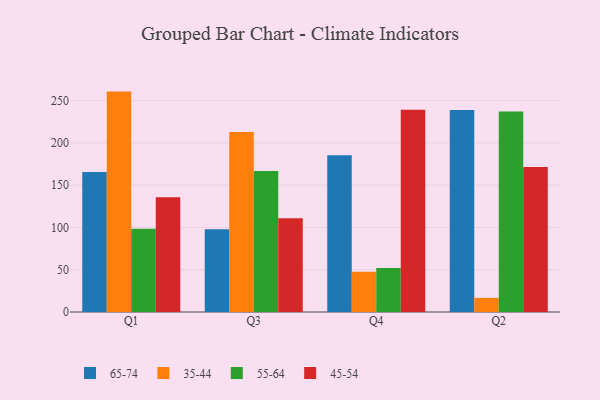
{"axis": {"x": "Quarter", "y": "Operating Costs (USD K)"}, "legend": ["35-44", "45-54", "55-64", "65-74"], "data": [{"x": "Q1", "y": 165.6, "type": "65-74"}, {"x": "Q1", "y": 260.6, "type": "35-44"}, {"x": "Q1", "y": 98.4, "type": "55-64"}, {"x": "Q1", "y": 135.7, "type": "45-54"}, {"x": "Q3", "y": 97.9, "type": "65-74"}, {"x": "Q3", "y": 212.9, "type": "35-44"}, {"x": "Q3", "y": 166.6, "type": "55-64"}, {"x": "Q3", "y": 110.8, "type": "45-54"}, {"x": "Q4", "y": 185.2, "type": "65-74"}, {"x": "Q4", "y": 47.7, "type": "35-44"}, {"x": "Q4", "y": 52.0, "type": "55-64"}, {"x": "Q4", "y": 239.2, "type": "45-54"}, {"x": "Q2", "y": 238.8, "type": "65-74"}, {"x": "Q2", "y": 16.7, "type": "35-44"}, {"x": "Q2", "y": 237.0, "type": "55-64"}, {"x": "Q2", "y": 171.4, "type": "45-54"}]}